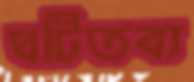
ঘটিতব্য